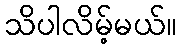
သိပါလိမ့်မယ်။